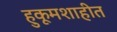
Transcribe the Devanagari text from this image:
हुकूमशाहीत